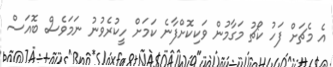
އެ މެޗަށް ފަހު ކޯޗު މަގާމުން ވަކިކޮށްފާނެ ކަމަށް ހީކުރެވުނު ނަމަވެސް ބޮއަސް